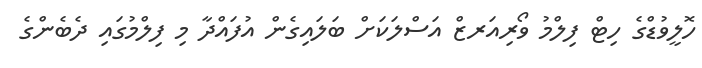
ހޮލީވުޑްގެ ހިޓް ފިލްމު ވޯރިއަރޒް އަސްލަކަށް ބަލައިގެން އުފައްދާ މި ފިލްމުގައި ދެބެންގެ